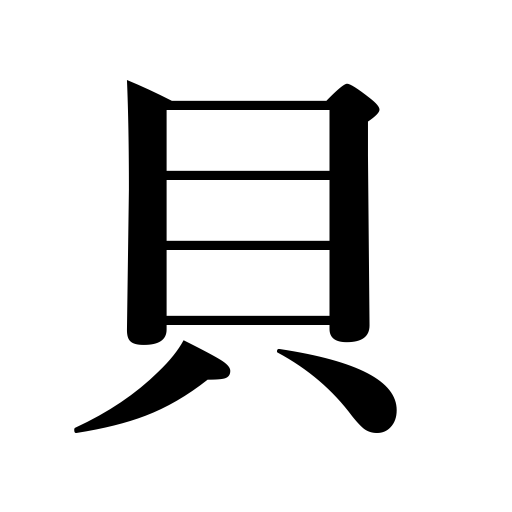
Meanings: shell,shellfish